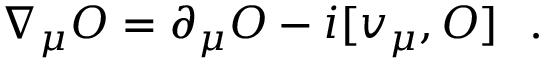
\nabla _ { \mu } { \cal O } = \partial _ { \mu } { \cal O } - i [ v _ { \mu } , { \cal O } ] \ \ .